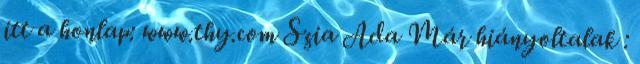
itt a honlap: www.thy.com Szia Ada Már hiányoltalak :